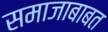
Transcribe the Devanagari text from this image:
समाजाबाबत